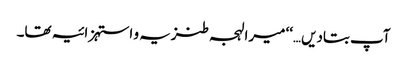
آپ بتادیں…‘‘ میرا لہجہ طنزیہ و استہزائیہ تھا۔